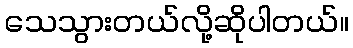
သေသွားတယ်လို့ဆိုပါတယ်။